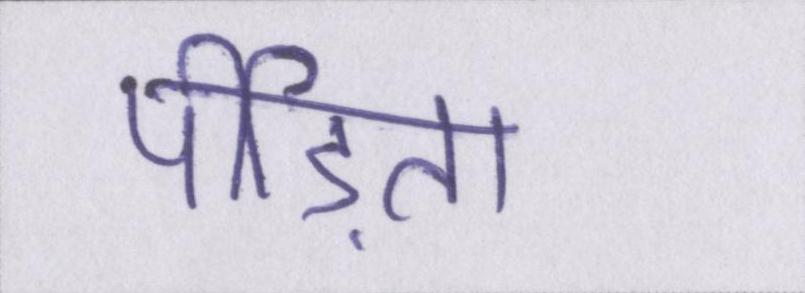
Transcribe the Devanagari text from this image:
पीड़िता